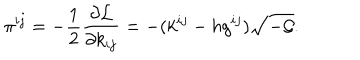
LaTeX: \pi ^ { i j } = - \frac { 1 } { 2 } \frac { \partial { \cal L } } { \partial k _ { i j } } = - ( k ^ { i j } - h g ^ { i j } ) \sqrt { - { \cal G } } .